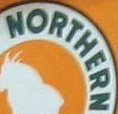
NORTHERN